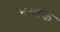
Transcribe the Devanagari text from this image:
हरारक